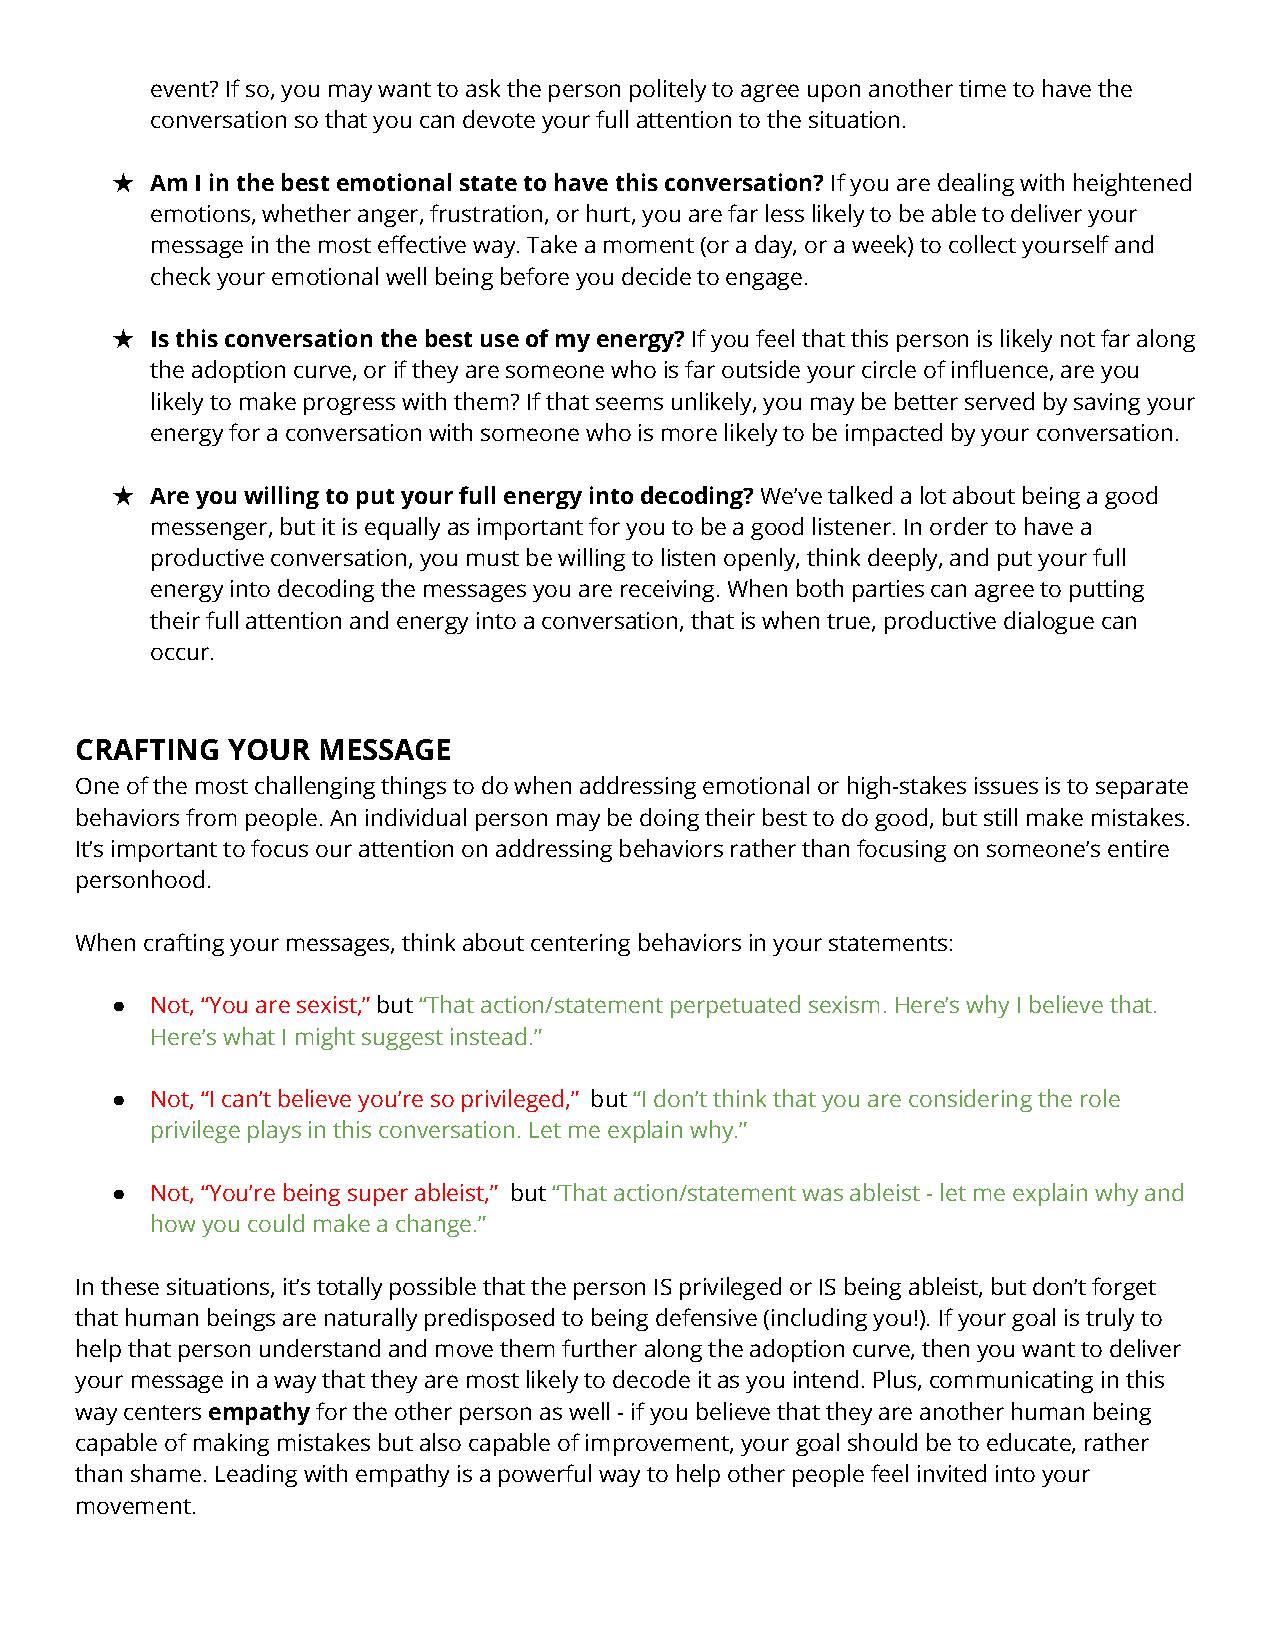
event? If so, you may want to ask the person politely to agree upon another time to have the
 conversation so that you can devote your full attentionto the situation.
 ★  Am I in the best emotional state to have this conversation?If you are dealing with heightened
 emotions, whether anger, frustration, or hurt, youare far less likely to be able to deliver your
 message in the most effective way. Take a moment (ora day, or a week) to collect yourself and
 check your emotional well being before you decideto engage.
 ★  Is this conversation the best use of my energy?Ifyou feel that this person is likely not far along
 the adoption curve, or if they are someone who isfar outside your circle of influence, are you
 likely to make progress with them? If that seems unlikely,you may be better served by saving your
 energy for a conversation with someone who is morelikely to be impacted by your conversation.
 ★  Are you willing to put your full energy into decoding?We’ve talked a lot about being a good
 messenger, but it is equally as important for youto be a good listener. In order to have a
 productive conversation, you must be willing to listenopenly, think deeply, and put your full
 energy into decoding the messages you are receiving.When both parties can agree to putting
 their full attention and energy into a conversation,that is when true, productive dialogue can
 occur.
 CRAFTING  YOUR  MESSAGE
 One of the most challenging things to do when addressingemotional or high-stakes issues is to separate
 behaviors from people. An individual person may bedoing their best to do good, but still make mistakes.
 It’s important to focus our attention on addressingbehaviors rather than focusing on someone’s entire
 personhood.
 When crafting your messages, think about centeringbehaviors in your statements:
 ●  Not, “You are sexist,”but“That action/statementperpetuated sexism. Here’s why I believe that.
 Here’s what I might suggest instead.”
 ●  Not, “I can’t believe you’re so privileged,” but“I don’t think that you are considering the role
 privilege plays in this conversation. Let me explainwhy.”
 ●  Not, “You’re being super ableist,” but“That action/statementwas ableist - let me explain why and
 how you could make a change.”
 In these situations, it’s totally possible that theperson IS privileged or IS being ableist, but don’tforget
 that human beings are naturally predisposed to beingdefensive (including you!). If your goal is trulyto
 help that person understand and move them furtheralong the adoption curve, then you want to deliver
 your message in a way that they are most likely todecode it as you intend. Plus, communicating in this
 way centersempathyfor the other person as well -if you believe that they are another human being
 capable of making mistakes but also capable of improvement,your goal should be to educate, rather
 than shame. Leading with empathy is a powerful wayto help other people feel invited into your
 movement.